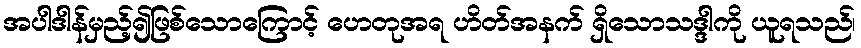
အပါဒါန်မှည့်၍ဖြစ်သောကြောင့် ဟေတုအရ ဟိတ်အနက် ရှိသောသဒ္ဒါကို ယူရသည်၊